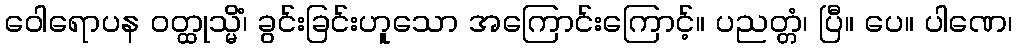
ဝေါရောပန ဝတ္ထုသ္မိံ၊ ခွင်းခြင်းဟူသော အကြောင်းကြောင့်။ ပညတ္တံ၊ ပြီ။ ပေ။ ပါဏေ၊